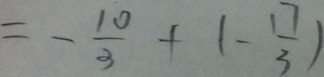
= - \frac { 1 0 } { 3 } + ( - \frac { 1 7 } { 3 } )